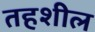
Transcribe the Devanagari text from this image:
तहशील